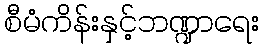
စီမံကိန်းနှင့်ဘဏ္ဍာရေး